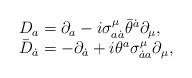
LaTeX: \begin{align*}\begin{array}{ll}D_a = \partial_a - i \sigma^{\mu}_{a \dot a} \bar \theta^{\dot a}\partial_{\mu}, & \\\bar D_{\dot a} =- \partial_{\dot a} + i \theta^a \sigma^{\mu}_{\dot a a}\partial_{\mu}, &\end{array}\end{align*}